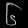
Digit: ၆